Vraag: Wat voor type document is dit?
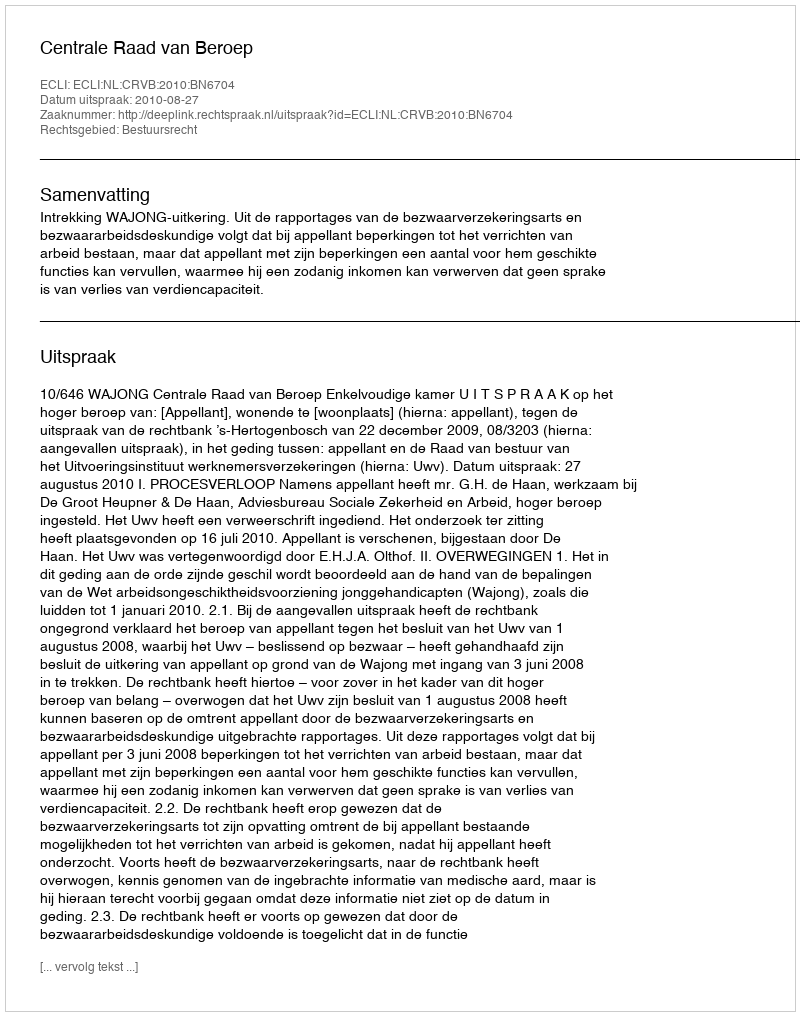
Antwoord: Uitspraak